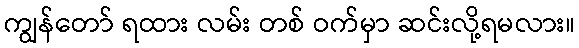
ကျွန်တော် ရထား လမ်း တစ် ဝက်မှာ ဆင်းလို့ရမလား။